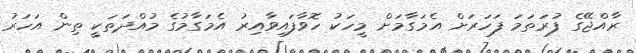
ރާއްޖޭގެ ފުރަތަމަ ފަހަރަށް އެމަގާމަށް މީހަކު ހޮވާފައިވާއިރު އެމަގާމުގެ މުއްދަތަކީ ތިން އަހަރު